Leprosy in India: report of the Leprosy Commission in India, 1890-91
Year: 1890
Disease focus: Leprosy
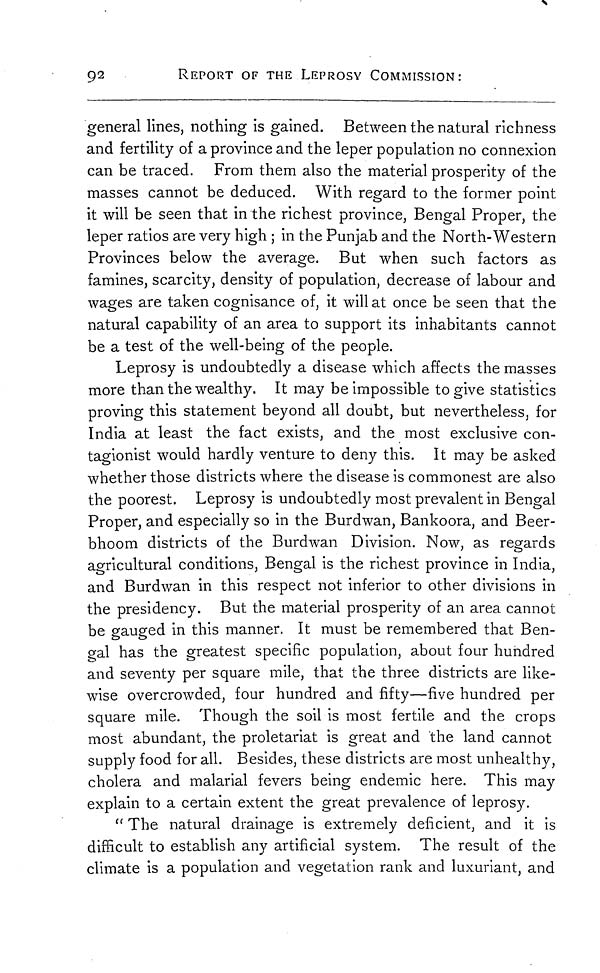
92
REPORT OF THE LEPROSY COMMISSION:
general lines, nothing is gained. Between the natural richness
and fertility of a province and the leper population no connexion
can be traced. From them also the material prosperity of the
masses cannot be deduced. With regard to the former point
it will be seen that in the richest province, Bengal Proper, the
leper ratios are very high ; in the Punjab and the North-Western
Provinces below the average. But when such factors as
famines, scarcity, density of population, decrease of labour and
wages are taken cognisance of, it will at once be seen that the
natural capability of an area to support its inhabitants cannot
be a test of the well-being of the people.
Leprosy is undoubtedly a disease which affects the masses
more than the wealthy. It may be impossible to give statistics
proving this statement beyond all doubt, but nevertheless, for
India at least the fact exists, and the most exclusive con-
tagionist would hardly venture to deny this. It may be asked
whether those districts where the disease is commonest are also
the poorest. Leprosy is undoubtedly most prevalent in Bengal
Proper, and especially so in the Burdwan, Bankoora, and Beer-
bhoom districts of the Burdwan Division. Now, as regards
agricultural conditions, Bengal is the richest province in India,
and Burdwan in this respect not inferior to other divisions in
the presidency. But the material prosperity of an area cannot
be gauged in this manner. It must be remembered that Ben-
gal has the greatest specific population, about four hundred
and seventy per square mile, that the three districts are like-
wise overcrowded, four hundred and fifty—five hundred per
square mile. Though the soil is most fertile and the crops
most abundant, the proletariat is great and the land cannot
supply food for all. Besides, these districts are most unhealthy,
cholera and malarial fevers being endemic here. This may
explain to a certain extent the great prevalence of leprosy.
" The natural drainage is extremely deficient, and it is
difficult to establish any artificial system. The result of the
climate is a population and vegetation rank and luxuriant, and